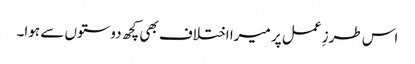
اس طرزِ عمل پر میرا اختلاف بھی کچھ دوستوں سے ہوا۔